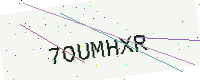
Text: 7OUMHXR